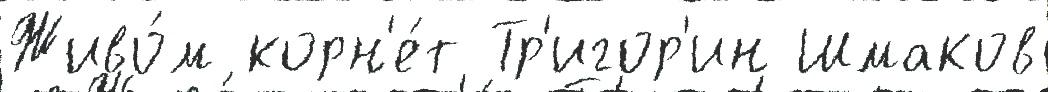
Живо́м корн'е́т Тр'игор'ин Шмаков